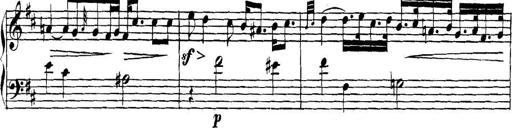
Title: Collected Piano Sonatas
Composer: Muzio Clementi